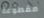
مقطوعة